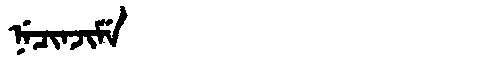
Manchu: ᠨᡝᠴᡳᠨᠵᡳᠮᡝ
Romanization: NECINJIME